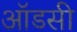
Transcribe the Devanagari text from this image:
ऑडसी